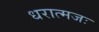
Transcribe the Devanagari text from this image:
धरात्मजः